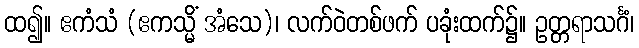
ထ၍။ ဧကံသံ (ဧကသ္မိံ အံသေ)၊ လက်ဝဲတစ်ဖက် ပခုံးထက်၌။ ဥတ္တရာသင်္ဂံ၊